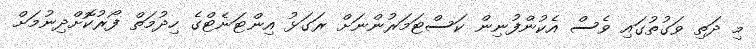
މި ދަތި ވަގުތުގައި ވެސް އެކުންފުނިން ކަސްޓަމަރުންނަށް ރަގަޅު އިންޓަނެޓްގެ ހިދުމަތް ފޯރުކޮށްދިނުމަށް